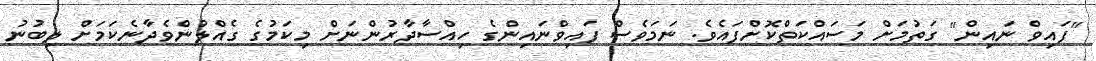
"ފައިވް ނައިން" ގަތުމަށް މަސައްކަތްކޮށްފައެވެ. ނަމަވެސް ފައިވްނައިންގެ ހިއްސާދާރުންނަށް މިކަމުގެ ގެއްލުންވެދާނެކަމަށް ލިބުނު